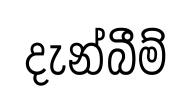
දැන්බීම්